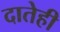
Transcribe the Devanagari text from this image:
दातेही